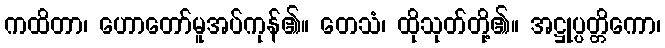
ကထိတာ၊ ဟောတော်မူအပ်ကုန်၏။ တေသံ၊ ထိုသုတ်တို့၏။ အဋ္ဌုပ္ပတ္တိကော၊